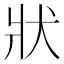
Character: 狀